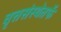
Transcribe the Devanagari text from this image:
वृत्तसंस्थेतर्फे